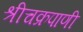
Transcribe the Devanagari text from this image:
श्रीचक्रपाणी